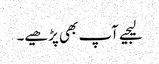
لیجیے آپ بھی پڑھیے۔